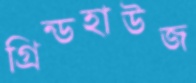
গ্রিন্ডহাউজ